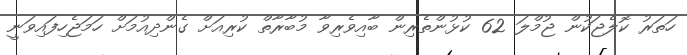
ހަތަރު ކޮލެޖަކުން ޖުމްލަ 62 ކުޅުންތެރިން ބާއިވެރިވާ މުބާރާތް ކުރިއަށް ގެންދިއުމަށް ހަމަޖެހިފައިވަނީ